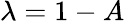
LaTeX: \lambda=1-A